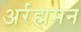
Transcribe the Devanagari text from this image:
अर्रह्ममन